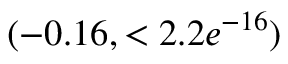
( - 0 . 1 6 , < 2 . 2 e ^ { - 1 6 } )